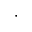
\cdot